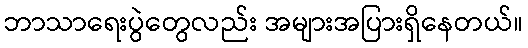
ဘာသာရေးပွဲတွေလည်း အများအပြားရှိနေတယ်။